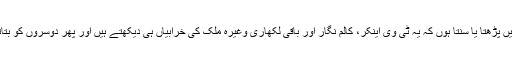
جب کہیں پڑھتا یا سنتا ہوں کہ یہ ٹی وی اینکر، کالم نگار اور باقی لکھاری وغیرہ ملک کی خرابیاں ہی دیکھتے ہیں اور پھر دوسروں کو بتاتے ہیں۔